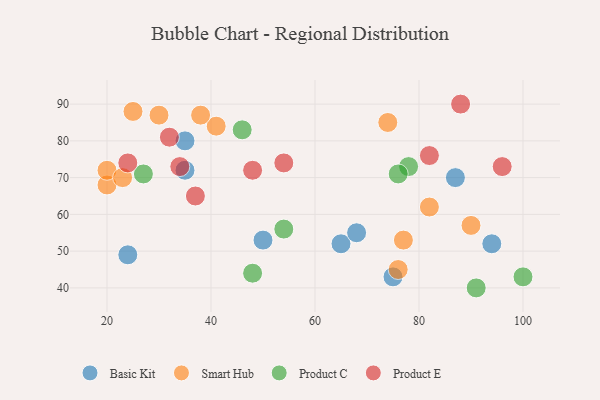
{"axis": {"x": "GDP", "y": "Life Expectancy"}, "legend": ["Basic Kit", "Product C", "Product E", "Smart Hub"], "data": [{"x": "65", "y": 52, "type": "Basic Kit"}, {"x": "50", "y": 53, "type": "Basic Kit"}, {"x": "68", "y": 55, "type": "Basic Kit"}, {"x": "24", "y": 49, "type": "Basic Kit"}, {"x": "75", "y": 43, "type": "Basic Kit"}, {"x": "94", "y": 52, "type": "Basic Kit"}, {"x": "35", "y": 72, "type": "Basic Kit"}, {"x": "35", "y": 80, "type": "Basic Kit"}, {"x": "87", "y": 70, "type": "Basic Kit"}, {"x": "20", "y": 68, "type": "Smart Hub"}, {"x": "41", "y": 84, "type": "Smart Hub"}, {"x": "82", "y": 62, "type": "Smart Hub"}, {"x": "90", "y": 57, "type": "Smart Hub"}, {"x": "20", "y": 72, "type": "Smart Hub"}, {"x": "23", "y": 70, "type": "Smart Hub"}, {"x": "76", "y": 45, "type": "Smart Hub"}, {"x": "74", "y": 85, "type": "Smart Hub"}, {"x": "77", "y": 53, "type": "Smart Hub"}, {"x": "38", "y": 87, "type": "Smart Hub"}, {"x": "30", "y": 87, "type": "Smart Hub"}, {"x": "25", "y": 88, "type": "Smart Hub"}, {"x": "48", "y": 44, "type": "Product C"}, {"x": "78", "y": 73, "type": "Product C"}, {"x": "76", "y": 71, "type": "Product C"}, {"x": "46", "y": 83, "type": "Product C"}, {"x": "100", "y": 43, "type": "Product C"}, {"x": "91", "y": 40, "type": "Product C"}, {"x": "27", "y": 71, "type": "Product C"}, {"x": "54", "y": 56, "type": "Product C"}, {"x": "54", "y": 74, "type": "Product E"}, {"x": "48", "y": 72, "type": "Product E"}, {"x": "34", "y": 73, "type": "Product E"}, {"x": "96", "y": 73, "type": "Product E"}, {"x": "82", "y": 76, "type": "Product E"}, {"x": "32", "y": 81, "type": "Product E"}, {"x": "24", "y": 74, "type": "Product E"}, {"x": "88", "y": 90, "type": "Product E"}, {"x": "37", "y": 65, "type": "Product E"}]}